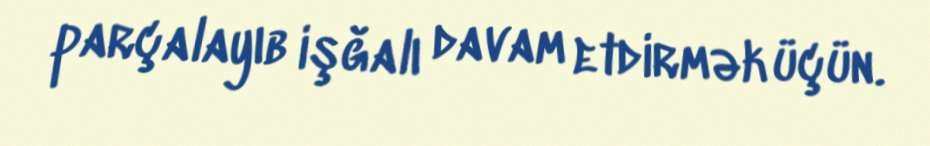
parçalayıb işğalı davam etdirmək üçün.